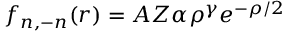
f _ { n , - n } ( r ) = A Z \alpha \rho ^ { \gamma } e ^ { - \rho / 2 }